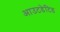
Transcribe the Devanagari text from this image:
आउटडेटिड